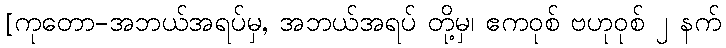
[ကုတော-အဘယ်အရပ်မှ, အဘယ်အရပ် တို့မှ၊ ဧကဝုစ် ဗဟုဝုစ် ၂ နက်